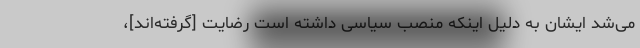
می‌شد ایشان به دلیل اینکه منصب سیاسی داشته است رضایت [گرفته‌اند]،